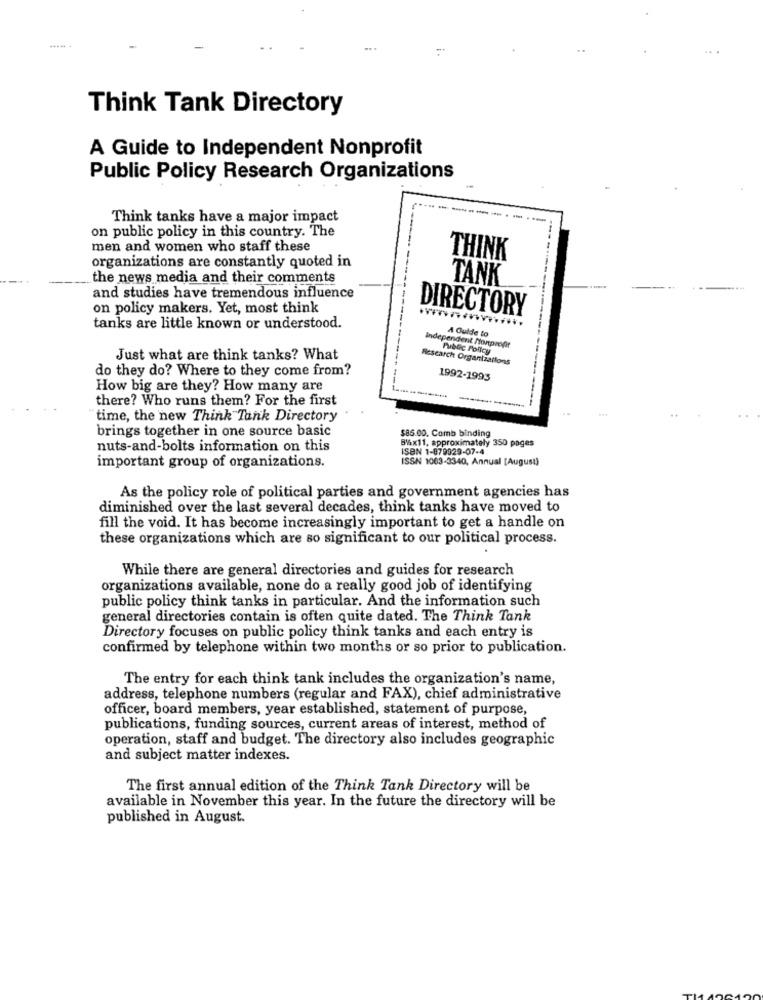
Think Tank Directory
A Guide to Independent Nonprofit
Public Policy Research Organizations
Think tanks have a major impact
on public policy in this country. The
men and women who staff these
THINK
organizations are constantly quoted in
the news media and their comments
TANK
and studies have tremendous influence
on policy makers. Yet, most think
DIRECTORY
tanks are little known or understood.
A Guide to
Independent Nonprofit
Public Policy
Just what are think tanks? What
Research Organizations
do they do? Where to they come from?
1992-1993
How big are they? How many are
there? Who runs them? For the first
time, the new Think Tank Directory
brings together in one source basic
$85.00. Comb binding
8%x11, approximately 350 pages
nuts-and-bolts information on this
ISBN 1-879929-07-4
important group of organizations.
ISSN 1063-3340, Annual [August)
As the policy role of political parties and government agencies has
diminished over the last several decades, think tanks have moved to
fill the void. It has become increasingly important to get a handle on
these organizations which are so significant to our political process.
While there are general directories and guides for research
organizations available, none do a really good job of identifying
public policy think tanks in particular. And the information such
general directories contain is often quite dated. The Think Tank
Directory focuses on public policy think tanks and each entry is
confirmed by telephone within two months or so prior to publication.
The entry for each think tank includes the organization's name,
address, telephone numbers (regular and FAX), chief administrative
officer, board members, year established, statement of purpose,
publications, funding sources, current areas of interest, method of
operation, staff and budget. The directory also includes geographic
and subject matter indexes.
The first annual edition of the Think Tank Directory will be
available in November this year. In the future the directory will be
published in August.